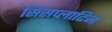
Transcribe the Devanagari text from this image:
सिसप्लाटिन